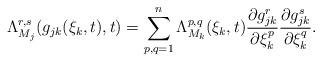
LaTeX: \begin{align*}\Lambda_{M_j}^{r,s}(g_{jk}(\xi_k,t),t)=\sum_{p,q=1}^n\Lambda_{M_k}^{p,q}(\xi_k,t)\frac{\partial g_{jk}^r}{\partial \xi_k^p}\frac{\partial g_{jk}^s}{\partial \xi_k^q}.\end{align*}